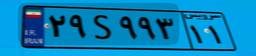
۲۹S۹۹۳۱۱